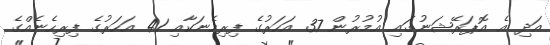
އަދި އެ އޮޕަރޭޝަނުގައި އުމުރުން 37 އަހަރުގެ ފިރިހެނަކާއި 41 އަހަރުގެ ފިރިހެނެއްގެ